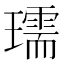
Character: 瓀